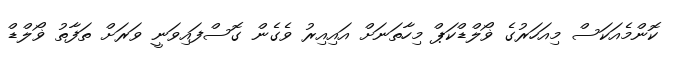
ކޮންމެއަކަސް މިއަހަރުގެ ޥޯލްޑްކަޕް މިހާތަނަށް އައިއިރު ވެގެން ގޮސްފައިވަނީ ވަރަށް ތަފާތު ޥޯލްޑް